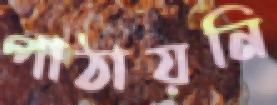
পাঠায়নি